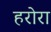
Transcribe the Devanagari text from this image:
हरोरा